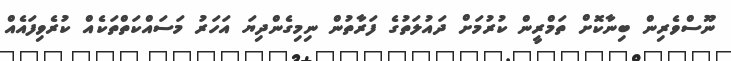
ނޫސްވެރިން ބިނާކޮށް ތަމްރީން ކުރުމަށް ދައުލަތުގެ ފަރާތުން ނިމިގެންދިޔަ އަހަރު މަސައްކަތްތަކެއް ކުރެވިފައެއް